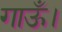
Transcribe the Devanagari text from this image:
गाऊँ।